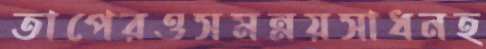
তাপেরওসমন্নয়সাধনহ